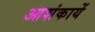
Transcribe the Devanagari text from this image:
आशंकायें